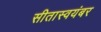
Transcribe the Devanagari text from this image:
सीतास्वयंबर